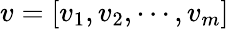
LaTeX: v=[v_{1},v_{2},\cdots,v_{m}]